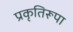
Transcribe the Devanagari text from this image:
प्रकृतिरूपा